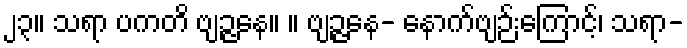
၂၃။ သရာ ပကတိ ဗျဉ္ဇနေ။ ။ ဗျဉ္ဇနေ- နောက်ဗျဉ်းကြောင့်၊ သရာ-